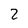
Character: 2